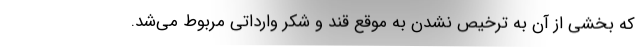
که بخشی از آن به ترخیص نشدن به موقع قند و شکر وارداتی مربوط می‌شد.